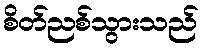
စိတ်ညစ်သွားသည်